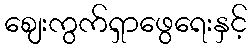
ဈေးကွက်ရှာဖွေရေးနှင့်